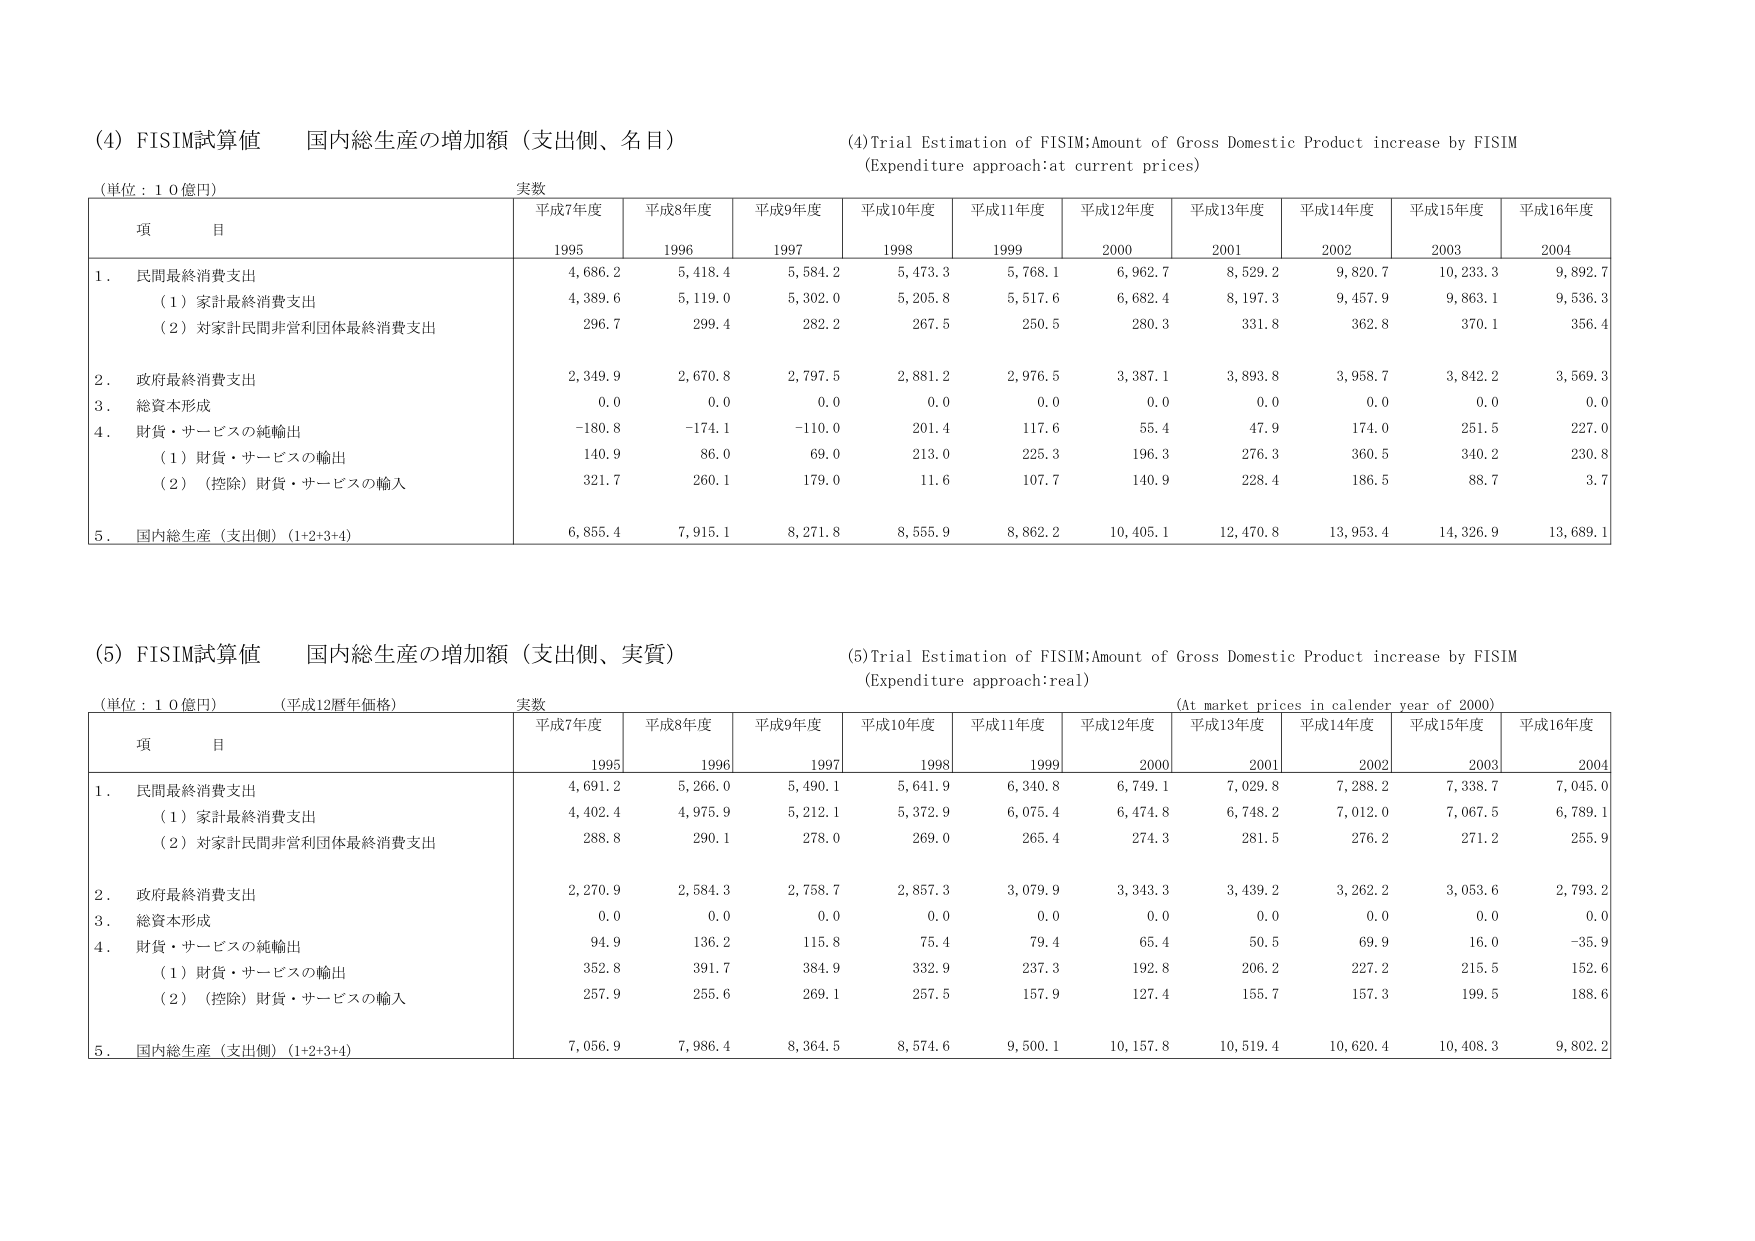
(4) FISIM試算値 国内総生産の増加額（支出側、名目）
(4)Trial Estimation of FISIM:Amount of Gross Domestic Product increase by FISIM
(Expenditure approach:at current prices)

(単位：１０億円)
実数

項 目
平成7年度 1995
平成8年度 1996
平成9年度 1997
平成10年度 1998
平成11年度 1999
平成12年度 2000
平成13年度 2001
平成14年度 2002
平成15年度 2003
平成16年度 2004

1．民間最終消費支出
4,686.2 5,418.4 5,584.2 5,473.3 5,768.1 6,962.7 8,529.2 9,820.7 10,233.3 9,892.7
　（1）家計最終消費支出
4,389.6 5,119.0 5,302.0 5,205.8 5,517.6 6,682.4 8,197.3 9,457.9 9,863.1 9,536.3
　（2）対家計民間非営利団体最終消費支出
296.7 299.4 282.2 267.5 250.5 280.3 331.8 362.8 370.1 356.4

2．政府最終消費支出
2,349.9 2,670.8 2,797.5 2,881.2 2,976.5 3,387.1 3,893.8 3,958.7 3,842.2 3,569.3

3．総資本形成
0.0 0.0 0.0 0.0 0.0 0.0 0.0 0.0 0.0 0.0

4．財貨・サービスの純輸出
-180.8 -174.1 -110.0 201.4 117.6 55.4 47.9 174.0 251.5 227.0
　（1）財貨・サービスの輸出
140.9 86.0 69.0 213.0 225.3 196.3 276.3 360.5 340.2 230.8
　（2）（控除）財貨・サービスの輸入
321.7 260.1 179.0 11.6 107.7 140.9 228.4 186.5 88.7 3.7

5．国内総生産（支出側）(1+2+3+4)
6,855.4 7,915.1 8,271.8 8,555.9 8,862.2 10,405.1 12,470.8 13,953.4 14,326.9 13,689.1

(5) FISIM試算値 国内総生産の増加額（支出側、実質）
(5)Trial Estimation of FISIM:Amount of Gross Domestic Product increase by FISIM
(Expenditure approach:real)

(単位：１０億円)
(平成12暦年価格)
実数
(at market prices in calender year of 2000)

項 目
平成7年度 1995
平成8年度 1996
平成9年度 1997
平成10年度 1998
平成11年度 1999
平成12年度 2000
平成13年度 2001
平成14年度 2002
平成15年度 2003
平成16年度 2004

1．民間最終消費支出
4,691.2 5,266.0 5,490.1 5,641.9 6,340.8 6,749.1 7,029.8 7,288.2 7,338.7 7,045.0
　（1）家計最終消費支出
4,402.4 4,975.9 5,212.1 5,372.9 6,075.4 6,474.8 6,748.2 7,012.0 7,067.5 6,789.1
　（2）対家計民間非営利団体最終消費支出
288.8 290.1 278.0 269.0 265.4 274.3 281.5 276.2 271.2 255.9

2．政府最終消費支出
2,270.9 2,584.3 2,758.7 2,857.3 3,079.9 3,343.3 3,439.2 3,262.2 3,053.6 2,793.2

3．総資本形成
0.0 0.0 0.0 0.0 0.0 0.0 0.0 0.0 0.0 0.0

4．財貨・サービスの純輸出
94.9 136.2 115.8 75.4 79.4 65.4 50.5 69.9 16.0 -35.9
　（1）財貨・サービスの輸出
352.8 391.7 384.9 332.9 237.3 192.8 206.2 227.2 215.5 152.6
　（2）（控除）財貨・サービスの輸入
257.9 255.6 269.1 257.5 157.9 127.4 155.7 157.3 199.5 188.6

5．国内総生産（支出側）(1+2+3+4)
7,056.9 7,986.4 8,364.5 8,574.6 9,500.1 10,157.8 10,519.4 10,620.4 10,408.3 9,802.2